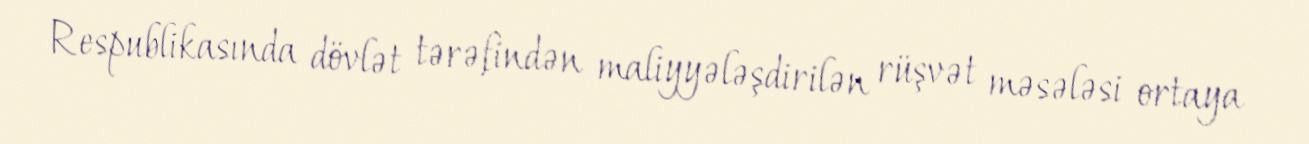
Respublikasında dövlət tərəfindən maliyyələşdirilən rüşvət məsələsi ortaya